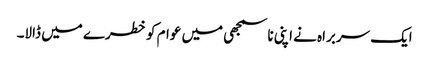
ایک سربراہ نے اپنی ناسمجھی میں عوام کو خطرے میں ڈالا۔